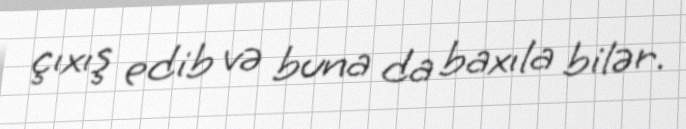
çıxış edib və buna da baxıla bilər.